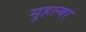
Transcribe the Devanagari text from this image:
मुहल्बर